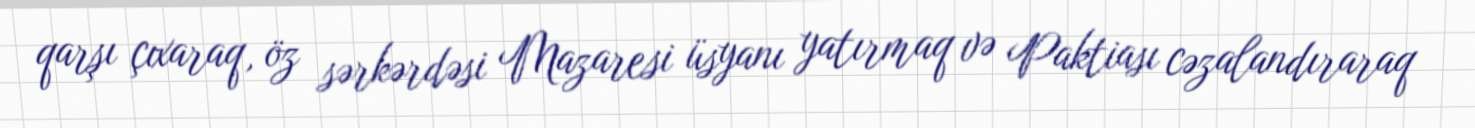
qarşı çıxaraq, öz sərkərdəsi Mazaresi üsyanı yatırmaq və Paktiası cəzalandıraraq